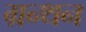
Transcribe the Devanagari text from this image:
ग्रन्थन